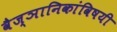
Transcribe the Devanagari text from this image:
वैज्ञानिकांविषयी